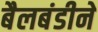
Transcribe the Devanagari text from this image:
बैलबंडीने